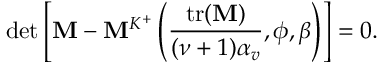
\operatorname* { d e t } \left[ \mathbf { M } - \mathbf { M } ^ { K ^ { + } } \left( \frac { \mathrm { t r ( } \mathbf { M } ) } { ( \nu + 1 ) \alpha _ { v } } , \phi , \beta \right) \right] = 0 .